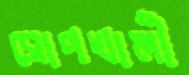
সোপখালী